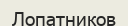
Лопатников